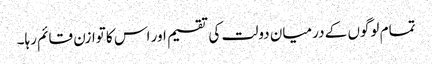
تمام لوگوں کے درمیان دولت کی تقسیم اور اس کا توازن قائم رہا۔